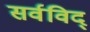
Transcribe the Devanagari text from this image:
सर्वविद्